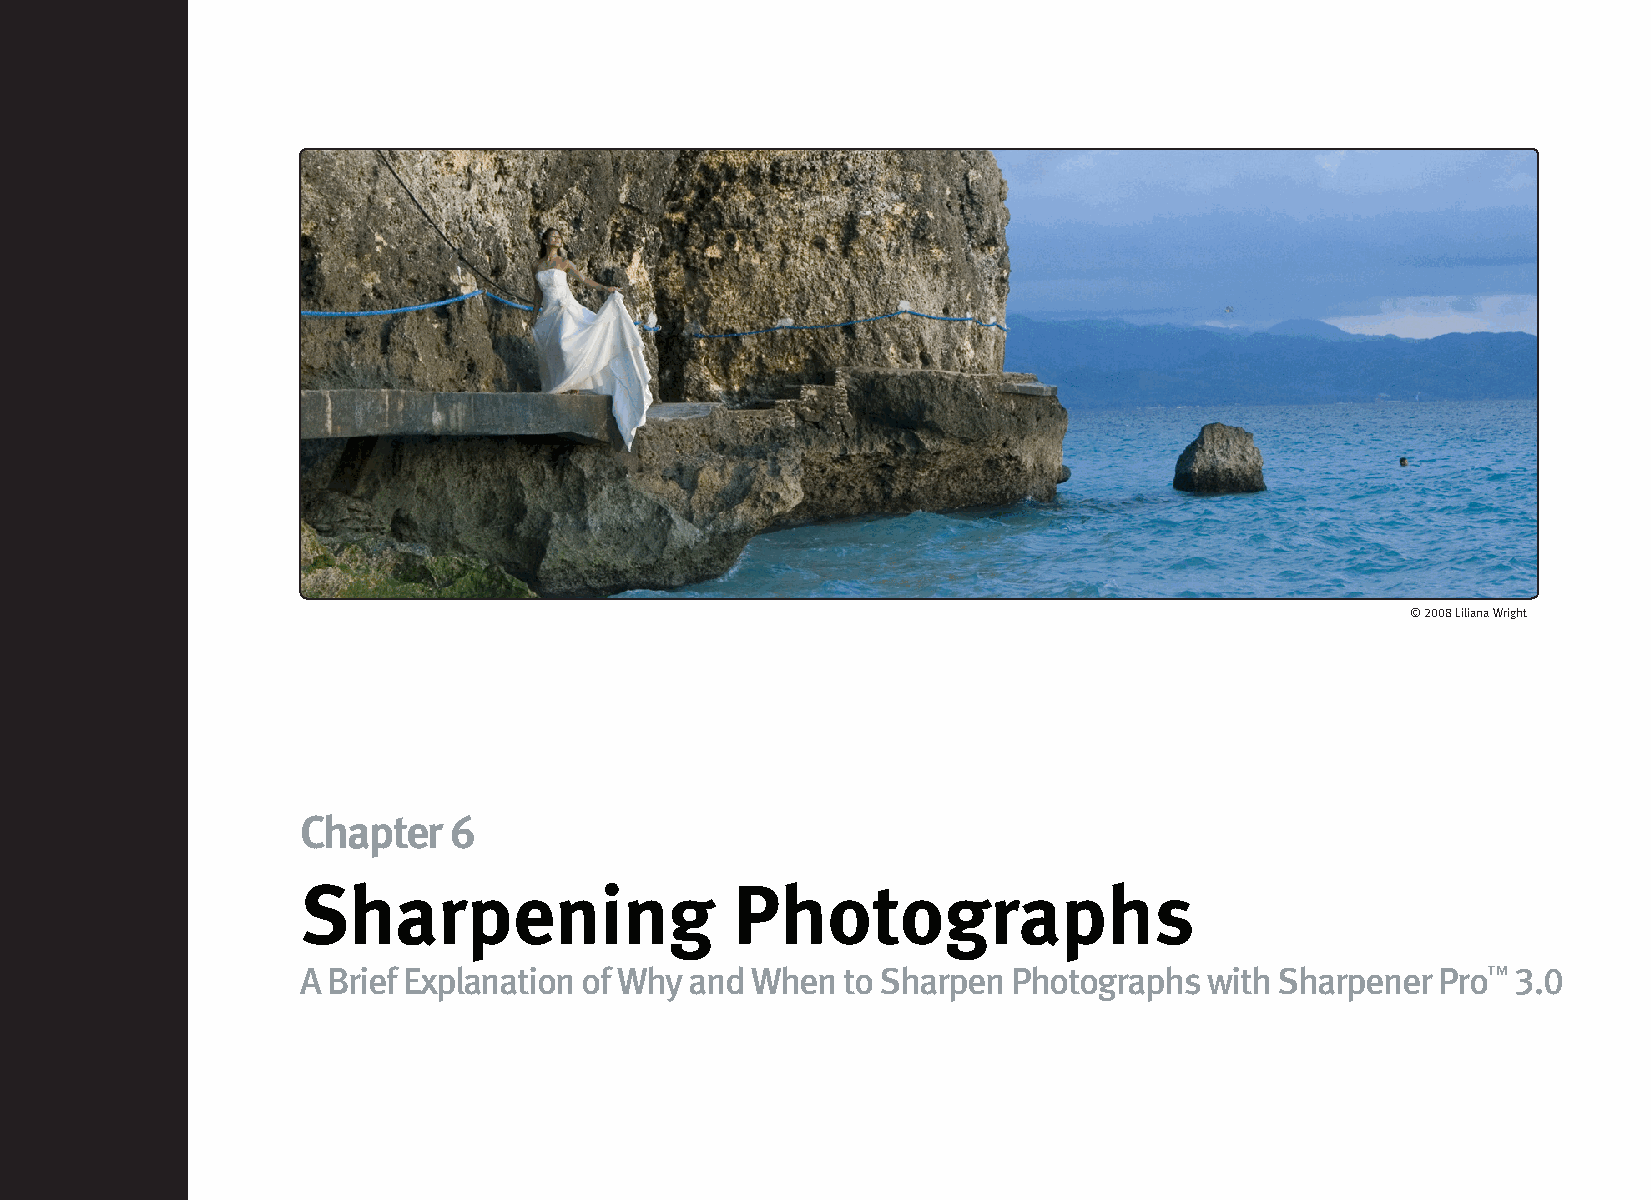
© 2008 Liliana Wright
 Chapter   6
 Sharpening                   Photographs
 A Brief Explanation of Why and When to Sharpen Photographs  with Sharpener Pro™ 3.0